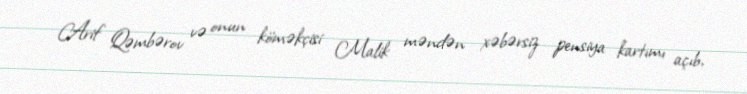
Arif Qəmbərov və onun köməkçisi Malik məndən xəbərsiz pensiya kartımı açıb,